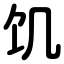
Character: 饥